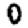
Digit: 0